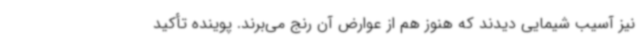
نیز آسیب شیمایی دیدند که هنوز هم از عوارض آن رنج می‌برند. پوینده تأکید